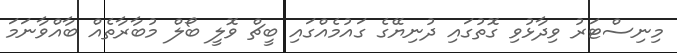
މިނިސްޓަރު ވިދާޅުވި ގޮތުގައި ދުނިޔޭގެ ގައުމެއްގައި ބީޗް ވޮލީ ބޯލް މުބާރާތެއް ބާއްވާނަމަ